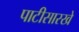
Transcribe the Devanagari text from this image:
पाटीसारखे